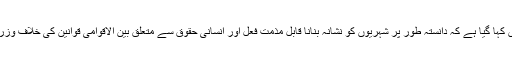
بیان میں کہا گیا ہے کہ دانستہ طور پر شہریوں کو نشانہ بنانا قابل مذمت فعل اور انسانی حقوق سے متعلق بین الاقوامی قوانین کی خلاف وزری ہے۔